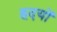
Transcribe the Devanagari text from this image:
ह्रदयों